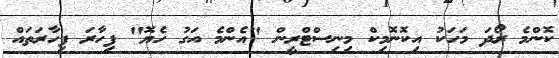
ކޮންމެ ރޯދަ މަހަކު އިކޮނޮމިކް މިނިސްޓްރީން "އެންމެ އަގު ހެޔޮ" ފިހާރަ ފިހާރަތައް